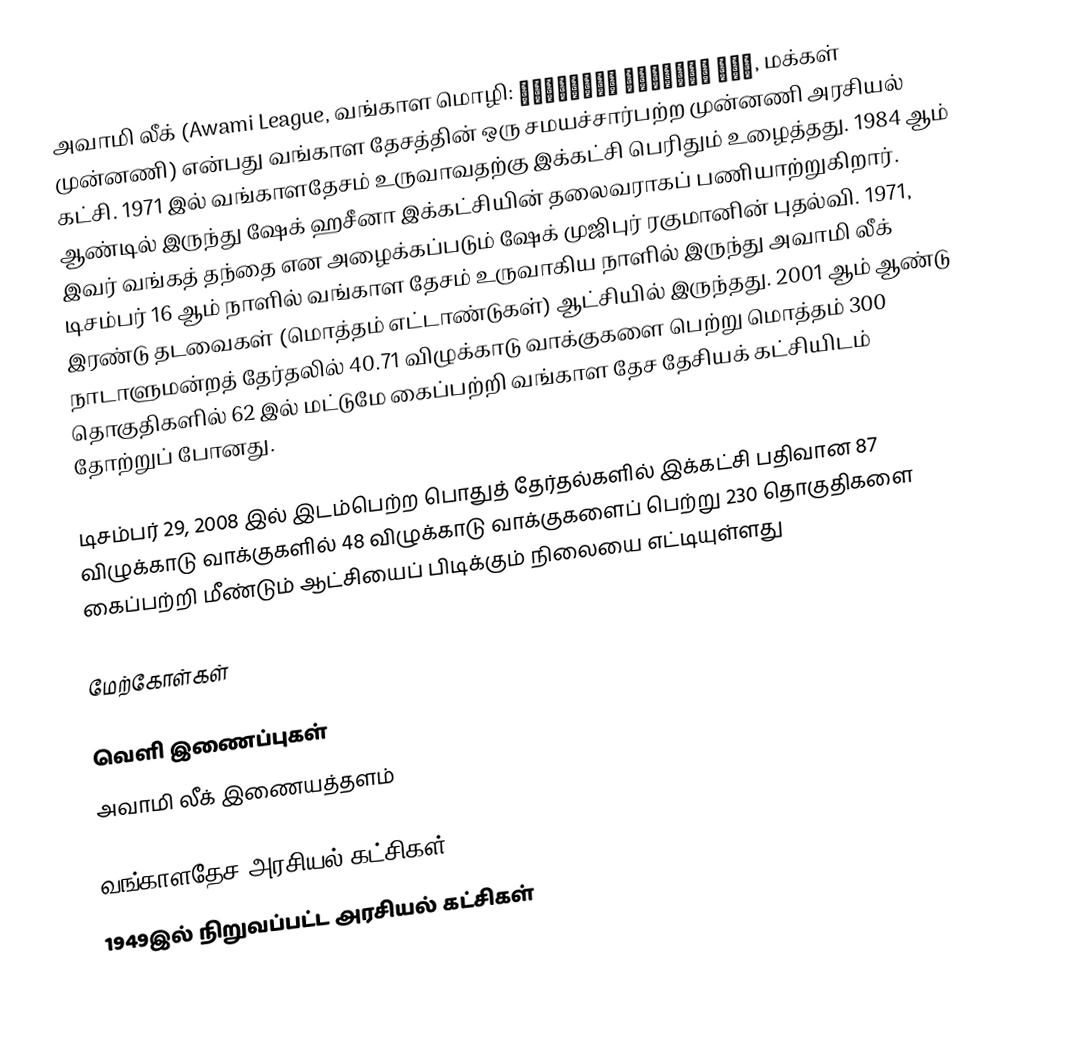
அவாமி லீக் (Awami League, வங்காள மொழி: বাংলাদেশ আওয়ামী লীগ, மக்கள் முன்னணி) என்பது வங்காள தேசத்தின் ஒரு சமயச்சார்பற்ற முன்னணி அரசியல் கட்சி. 1971 இல் வங்காளதேசம் உருவாவதற்கு இக்கட்சி பெரிதும் உழைத்தது. 1984 ஆம் ஆண்டில் இருந்து ஷேக் ஹசீனா இக்கட்சியின் தலைவராகப் பணியாற்றுகிறார். இவர் வங்கத் தந்தை என அழைக்கப்படும் ஷேக் முஜிபுர் ரகுமானின் புதல்வி. 1971, டிசம்பர் 16 ஆம் நாளில் வங்காள தேசம் உருவாகிய நாளில் இருந்து அவாமி லீக் இரண்டு தடவைகள் (மொத்தம் எட்டாண்டுகள்) ஆட்சியில் இருந்தது. 2001 ஆம் ஆண்டு நாடாளுமன்றத் தேர்தலில் 40.71 விழுக்காடு வாக்குகளை பெற்று மொத்தம் 300 தொகுதிகளில் 62 இல் மட்டுமே கைப்பற்றி வங்காள தேச தேசியக் கட்சியிடம் தோற்றுப் போனது.

டிசம்பர் 29, 2008 இல் இடம்பெற்ற பொதுத் தேர்தல்களில் இக்கட்சி பதிவான 87 விழுக்காடு வாக்குகளில் 48 விழுக்காடு வாக்குகளைப் பெற்று 230 தொகுதிகளை கைப்பற்றி மீண்டும் ஆட்சியைப் பிடிக்கும் நிலையை எட்டியுள்ளது

மேற்கோள்கள்

வெளி இணைப்புகள்
அவாமி லீக் இணையத்தளம்

வங்காளதேச அரசியல் கட்சிகள்
1949இல் நிறுவப்பட்ட அரசியல் கட்சிகள்